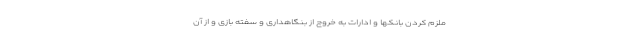
ملزم کردن بانکها و ادارات به خروج از بنگاهداری و سفته بازی و از آن